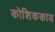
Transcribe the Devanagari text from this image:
कोशिककाय